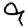
Digit: 9